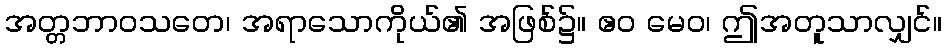
အတ္တဘာဝသတေ၊ အရာသောကိုယ်၏ အဖြစ်၌။ ဧဝ မေဝ၊ ဤအတူသာလျှင်။